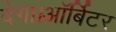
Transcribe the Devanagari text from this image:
देगा।ऑर्बिटर